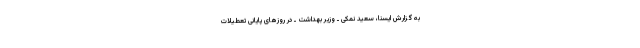
به گزارش ایسنا، سعید نمکی ـ وزیر بهداشت ـ در روزهای پایانی تعطیلات